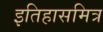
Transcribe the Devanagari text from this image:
इतिहासमित्र